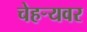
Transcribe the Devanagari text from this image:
चेहर्‍यवर